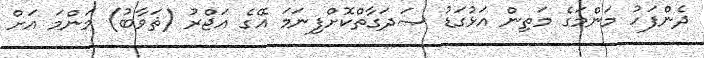
ދެންފަހު މަންމަގެ މަތިން އަޅުގަޑު ޞަދަގާތްކޮށްފިނަމަ އޭގެ އަޖްރު (ޘަވާބު) މަންމަ އަށް